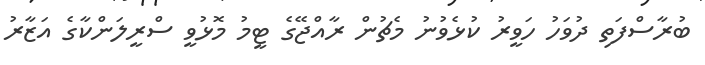
ބުރާސްފަތި ދުވަހު ހަވީރު ކުޅެވުނު މެޗުން ރާއްޖޭގެ ޓީމު މޮޅުވީ ސްރީލަންކާގެ އަޒާރު